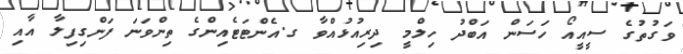
ވަގުތުގެ ސީއީއޯ ހަސަން އަބްދު ހިލްމީ ދިރިއުޅުއްވާ ގ.އެންޓަޓެއިންގެ ތިންވަނަ ފަންގިފިލާ އާއި